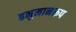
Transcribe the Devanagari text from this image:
हनुमानरूप